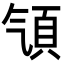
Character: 𩑡